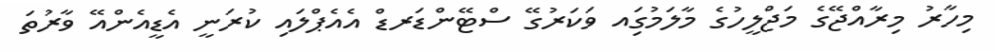
މިހާރު މިރާއްޖޭގެ މަޖްލީހުގެ މާލަމުގަިއ ވަކަރުގޭ ސްޓޭންޑަރޑް އެއެޕްލައި ކުރަނީ އެޑީއެންއޭ ވާރުތަ